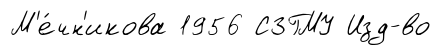
М'е́чн'икова 1956 СЗГМУ Изд-во